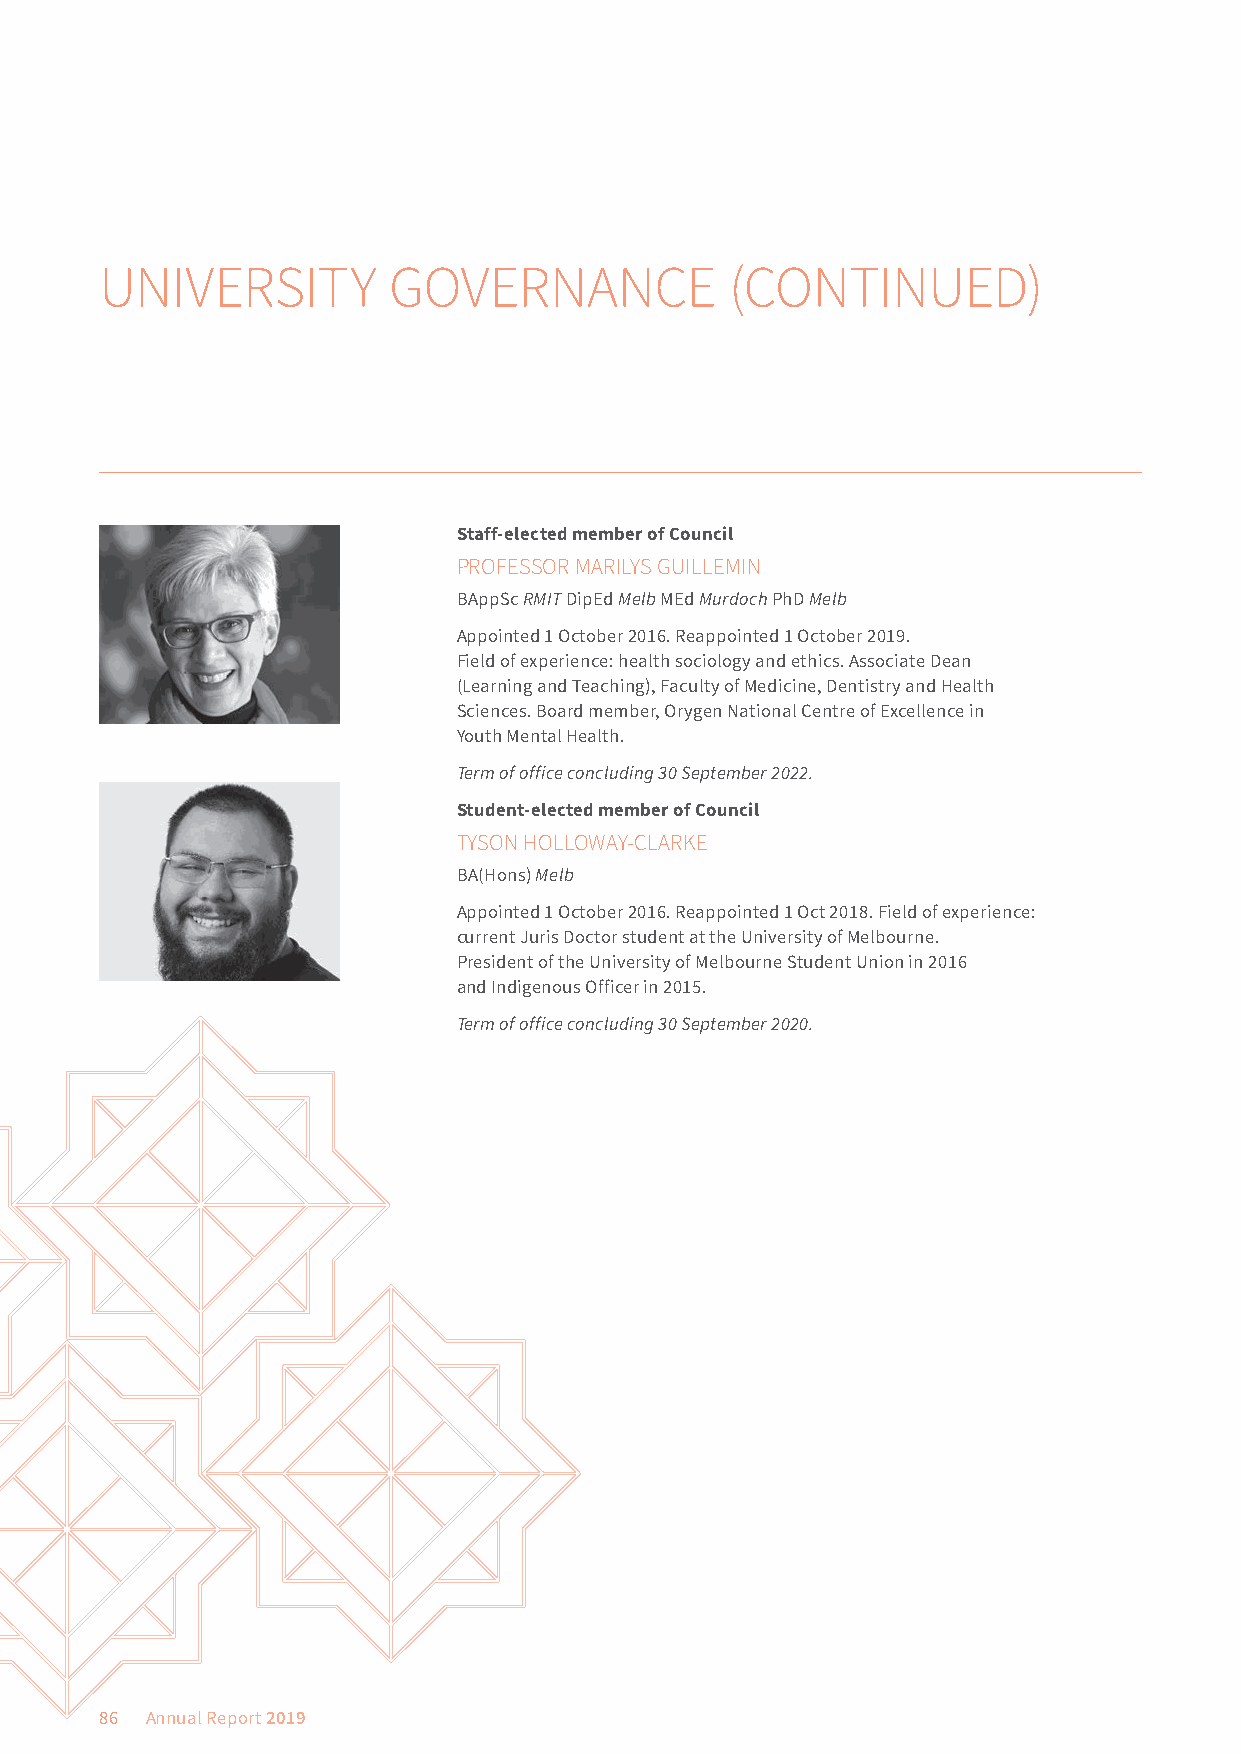
UNIVERSITY         GOVERNANCE            (CONTINUED)
 Staff-elected member of Council
 PROFESSOR MARILYS GUILLEMIN
 BAppSc RMIT DipEd Melb MEd Murdoch PhD Melb
 Appointed 1 October 2016. Reappointed 1 October 2019.
 Field of experience: health sociology and ethics. Associate Dean
 (Learning and Teaching), Faculty of Medicine, Dentistry and Health
 Sciences. Board member, Orygen National Centre of Excellence in
 Youth Mental Health.
 Term of office concluding 30 September 2022.
 Student-elected member of Council
 TYSON HOLLOWAY-CLARKE
 BA(Hons) Melb
 Appointed 1 October 2016. Reappointed 1 Oct 2018. Field of experience:
 current Juris Doctor student at the University of Melbourne.
 President of the University of Melbourne Student Union in 2016
 and Indigenous Officer in 2015.
 Term of office concluding 30 September 2020.
 86 Annual Report 2019